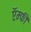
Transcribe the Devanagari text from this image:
ऍम्फी